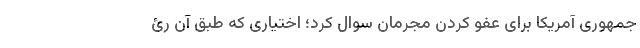
جمهوری آمریکا برای عفو کردن مجرمان سوال کرد؛ اختیاری که طبق آن رئ